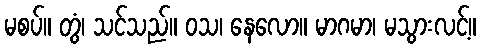
မစပ်။ တွံ၊ သင်သည်။ ဝသ၊ နေလော။ မာဂမာ၊ မသွားလင့်။